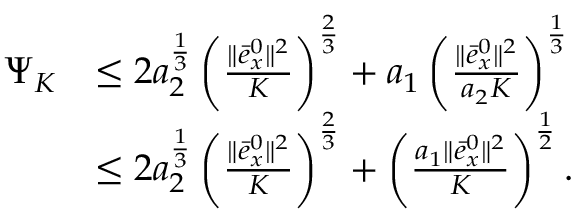
\begin{array} { r l } { \Psi _ { K } } & { \leq 2 a _ { 2 } ^ { \frac { 1 } { 3 } } \left( \frac { \| \bar { e } _ { x } ^ { 0 } \| ^ { 2 } } { K } \right) ^ { \frac { 2 } { 3 } } + a _ { 1 } \left( \frac { \| \bar { e } _ { x } ^ { 0 } \| ^ { 2 } } { a _ { 2 } K } \right) ^ { \frac { 1 } { 3 } } } \\ & { \leq 2 a _ { 2 } ^ { \frac { 1 } { 3 } } \left( \frac { \| \bar { e } _ { x } ^ { 0 } \| ^ { 2 } } { K } \right) ^ { \frac { 2 } { 3 } } + \left( \frac { a _ { 1 } \| \bar { e } _ { x } ^ { 0 } \| ^ { 2 } } { K } \right) ^ { \frac { 1 } { 2 } } . } \end{array}